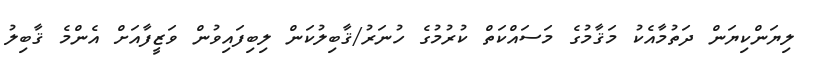
ލިޔަންކިޔަން ދަތުމާއެކު މަޤާމުގެ މަސައްކަތް ކުރުމުގެ ހުނަރު/ޤާބިލުކަން ލިބިފައިވުން ވަޒީފާއަށް އެންމެ ޤާބިލު